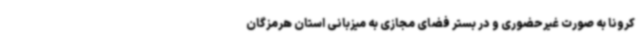
کرونا به صورت غیرحضوری و در بستر فضای مجازی به میزبانی استان هرمزگان